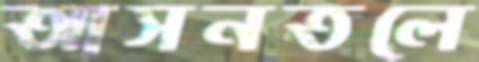
আসনতলে